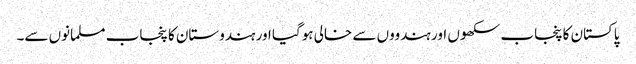
پاکستان کا پنجاب سکھوں اور ہندووں سے خالی ہوگیا اور ہندوستان کا پنجاب مسلمانوں سے۔